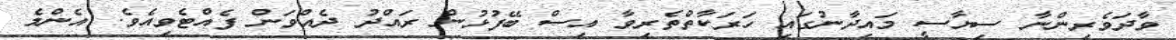
ވާދަވެރިންނާ ސިޔާސީ މައިދާނުގައި ހަރަކާތްތެރިވާ އިސް ބޭފުޅުން ރައްދު ދެއްވަން ފެއްޓެވިއެވެ. އެންމެ